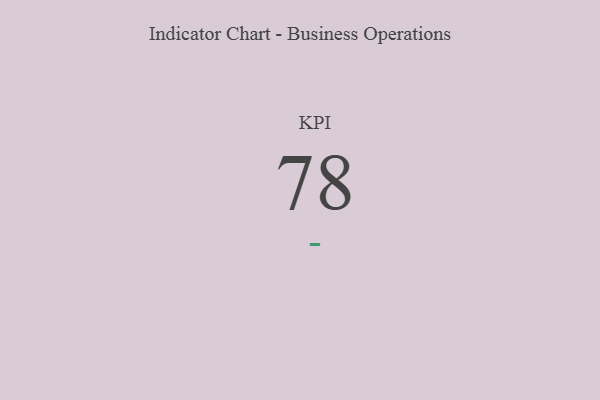
{"axis": {"x": "KPI", "y": "Value"}, "legend": [""], "data": [{"x": "KPI", "y": 78, "type": ""}]}